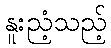
နူးညံ့သည့်